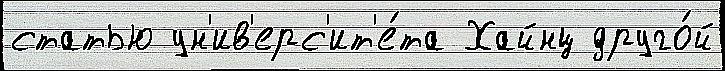
статью ун'ив'ерс'ит'е́та Хайнц друго́й